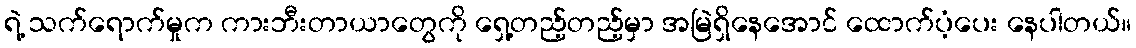
ရဲ့ သက်ရောက်မှုက ကားဘီးတာယာတွေကို ရှေ့တည့်တည့်မှာ အမြဲရှိနေအောင် ထောက်ပံ့ပေး နေပါတယ်။